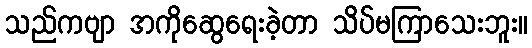
သည်ကဗျာ အကိုဆွေရေးခဲ့တာ သိပ်မကြာသေးဘူး။